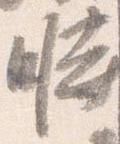
時